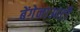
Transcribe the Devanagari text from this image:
बेंगेनाआटी